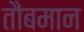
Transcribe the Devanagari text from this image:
तौबमान